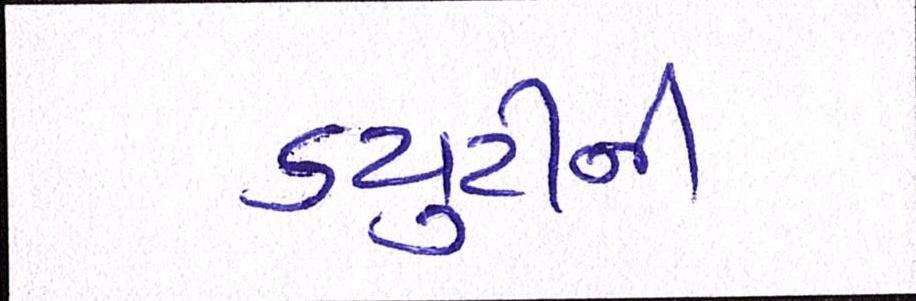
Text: ડયુટીની